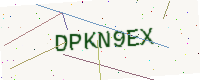
Text: DPKN9EX